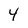
Character: 4